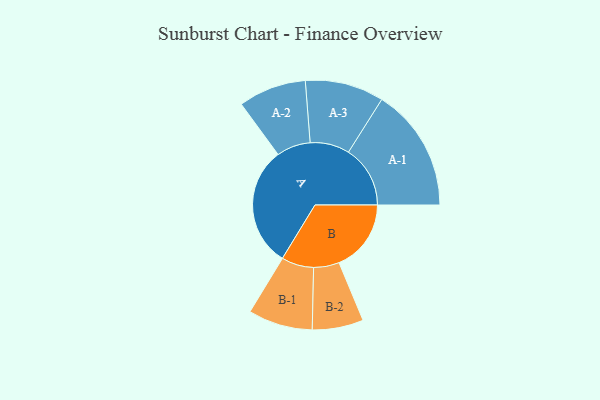
{"axis": {"x": "Segment", "y": "Value"}, "legend": ["", "A", "B"], "data": [{"x": "A", "y": 489, "type": ""}, {"x": "B", "y": 293, "type": ""}, {"x": "A-1", "y": 251, "type": "A"}, {"x": "A-2", "y": 138, "type": "A"}, {"x": "A-3", "y": 160, "type": "A"}, {"x": "B-1", "y": 131, "type": "B"}, {"x": "B-2", "y": 104, "type": "B"}]}